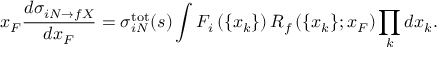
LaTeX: x _ { F } \frac { d \sigma _ { i N \rightarrow f X } } { d x _ { F } } = \sigma _ { i N } ^ { \mathrm { t o t } } ( s ) \int F _ { i } \left( \{ x _ { k } \} \right) R _ { f } \left( \{ x _ { k } \} ; x _ { F } \right) \prod _ { k } d x _ { k } .